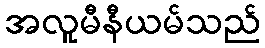
အလူမီနီယမ်သည်